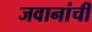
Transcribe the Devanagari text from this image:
जवानांची